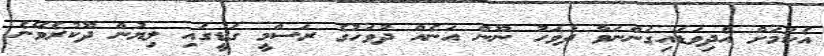
އެކަމަށް އެދިވަޑައިގަންނަވާ ދުވަހު ނޫން އަނެއް ދުވަހުގެ ރަސްމީ ގަޑީގައި ލިޔުން ދޫކުރެވޭނެ